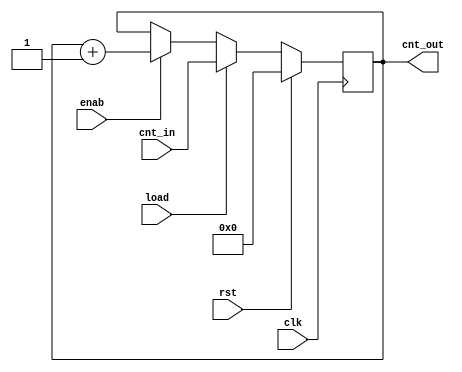
module counter
  #(
     parameter integer WIDTH=5
   )
   (
     input  wire clk  ,
     input  wire rst  ,
     input  wire load ,
     input  wire enab ,
     input  wire [WIDTH-1:0] cnt_in ,
     output reg  [WIDTH-1:0] cnt_out
   );


  //////////////////////////////////////////////////////////////////////////////
  //TO DO: DEFINE THE COUNTER COMBINATIONAL LOGIC using FUNCTION AS INSTRUCTED//
  //////////////////////////////////////////////////////////////////////////////

  function [WIDTH-1:0] cnt_func;
    input rst, load, enab;
    input [WIDTH-1:0] cnt_in, cnt_out;
    begin
      cnt_func = cnt_out;
      if(rst)
        cnt_func = 0;
      else if(load)
        cnt_func = cnt_in;
      else if(enab)
        cnt_func = cnt_out + 1;
    end
  endfunction

  always @(posedge clk)
    cnt_out <= cnt_func (rst, load, enab ,cnt_in, cnt_out); //function call

endmodule